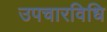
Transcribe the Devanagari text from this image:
उपचारविधि